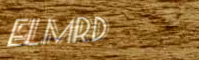
ElmRd